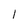
Character: 1